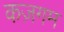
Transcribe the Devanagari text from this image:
कज़गम